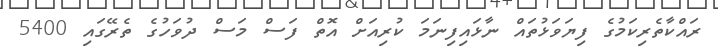
ރައްކާތެރިކަމުގެ ފިޔަވަޅުތައް ނާޅައިފިނަމަ ކުރިއަށް އޮތް ފަސް މަސް ދުވަހުގެ ތެރޭގައި 5400